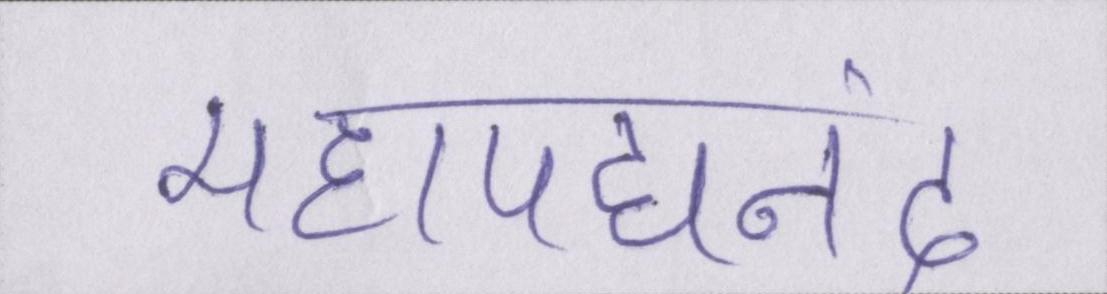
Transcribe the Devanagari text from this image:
महापद्यनंद